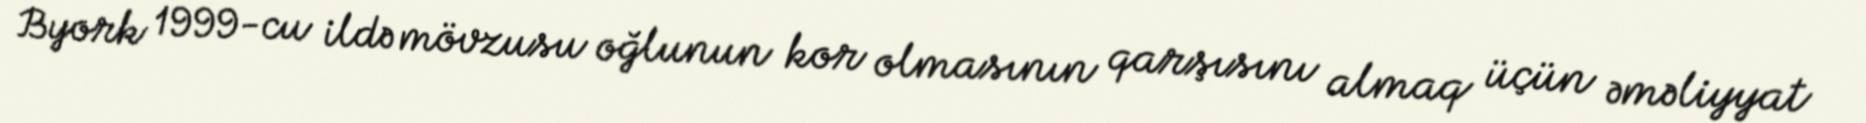
Byork 1999-cu ildə mövzusu oğlunun kor olmasının qarşısını almaq üçün əməliyyat